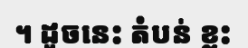
។ ដូចនេះ តំបន់ ខ្លះ